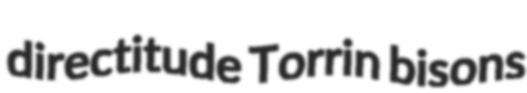
directitude Torrin bisons